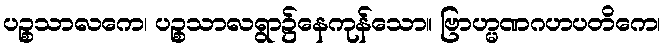
ပဉ္စသာလကေ၊ ပဉ္စသာလရွာ၌နေကုန်သော။ ဗြာဟ္မဏဂဟပတိကေ၊